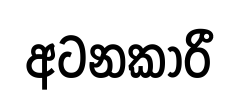
අටනකාරී